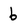
Character: 6